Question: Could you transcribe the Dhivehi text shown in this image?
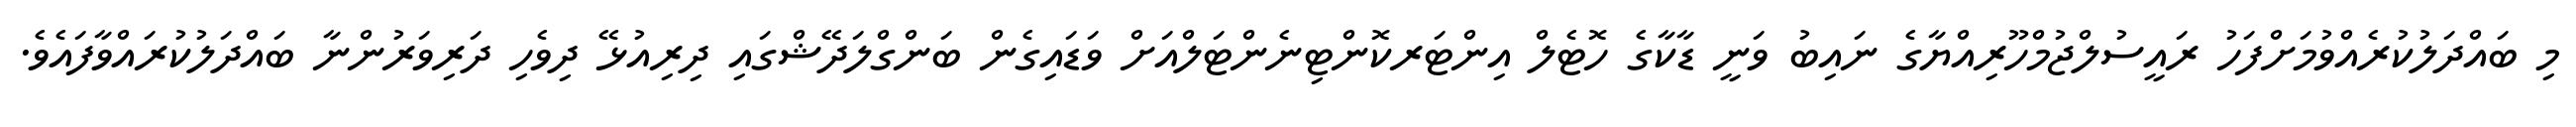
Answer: މި ބައްދަލުކުރެއްވުމަށްފަހު ރައީސުލްޖުމްހޫރިއްޔާގެ ނައިބު ވަނީ ޑާކާގެ ހޮޓެލް އިންޓަރކޮންޓިނެންޓަލްއަށް ވަޑައިގެން ބަންގްލަދޭޝްގައި ދިރިއުޅޭ ދިވެހި ދަރިވަރުންނާ ބައްދަލުކުރައްވާފައެވެ.